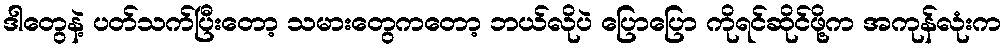
ဒါတွေနဲ့ ပတ်သက်ပြီးတော့ သမားတွေကတော့ ဘယ်လိုပဲ ပြောပြော ကိုရင်ဆိုင်ဖို့က အကုန်လုံးက